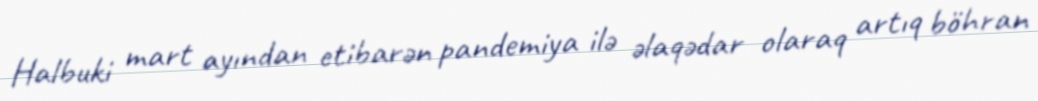
Halbuki mart ayından etibarən pandemiya ilə əlaqədar olaraq artıq böhran